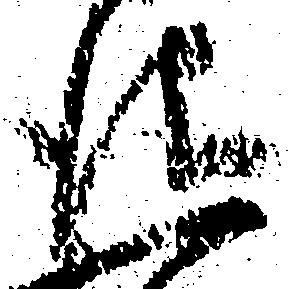
儀